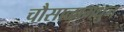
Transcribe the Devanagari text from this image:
चौसाळामधुन